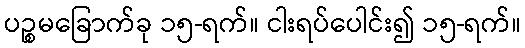
ပဉ္စမခြောက်ခု ၁၅-ရက်။ ငါးရပ်ပေါင်း၍ ၁၅-ရက်။